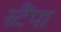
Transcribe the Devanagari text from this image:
स्टैंपा